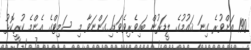
190 އަށްވުރެ ގިނަ ޤައުމުގެ ލީޑަރުން ބައިވެރިވެވަޑައިގަންނަވާ މި ސަމިޓްގެ އެންމެ ކުރީކޮޅު